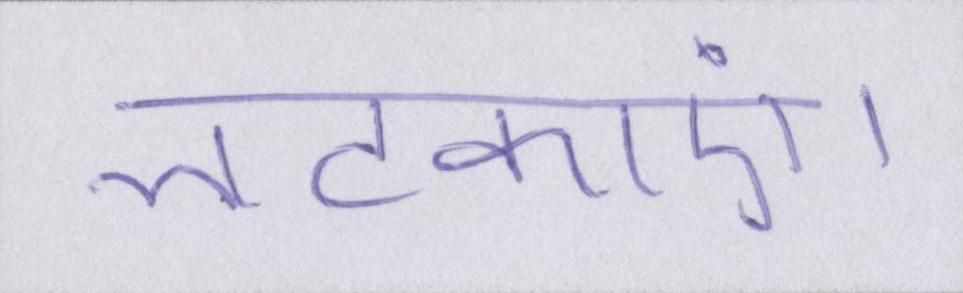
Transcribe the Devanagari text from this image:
लटकाएं।